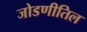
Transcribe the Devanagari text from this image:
जोडणीतिल